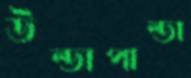
উল্ডাপাল্ডা